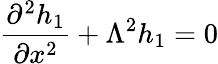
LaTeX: \frac{\partial^{2}h_{1}}{\partial x^{2}}+\Lambda^{2}h_{1}=0